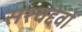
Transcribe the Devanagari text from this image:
सश्चद्देवो